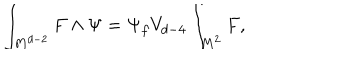
LaTeX: \int _ { M ^ { d - 2 } } F \wedge \Psi = \Psi _ { f } V _ { d - 4 } \int _ { M ^ { 2 } } F ,